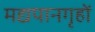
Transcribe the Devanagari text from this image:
मद्यपानगृहों